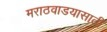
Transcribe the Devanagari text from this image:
मराठवाडयासाठी